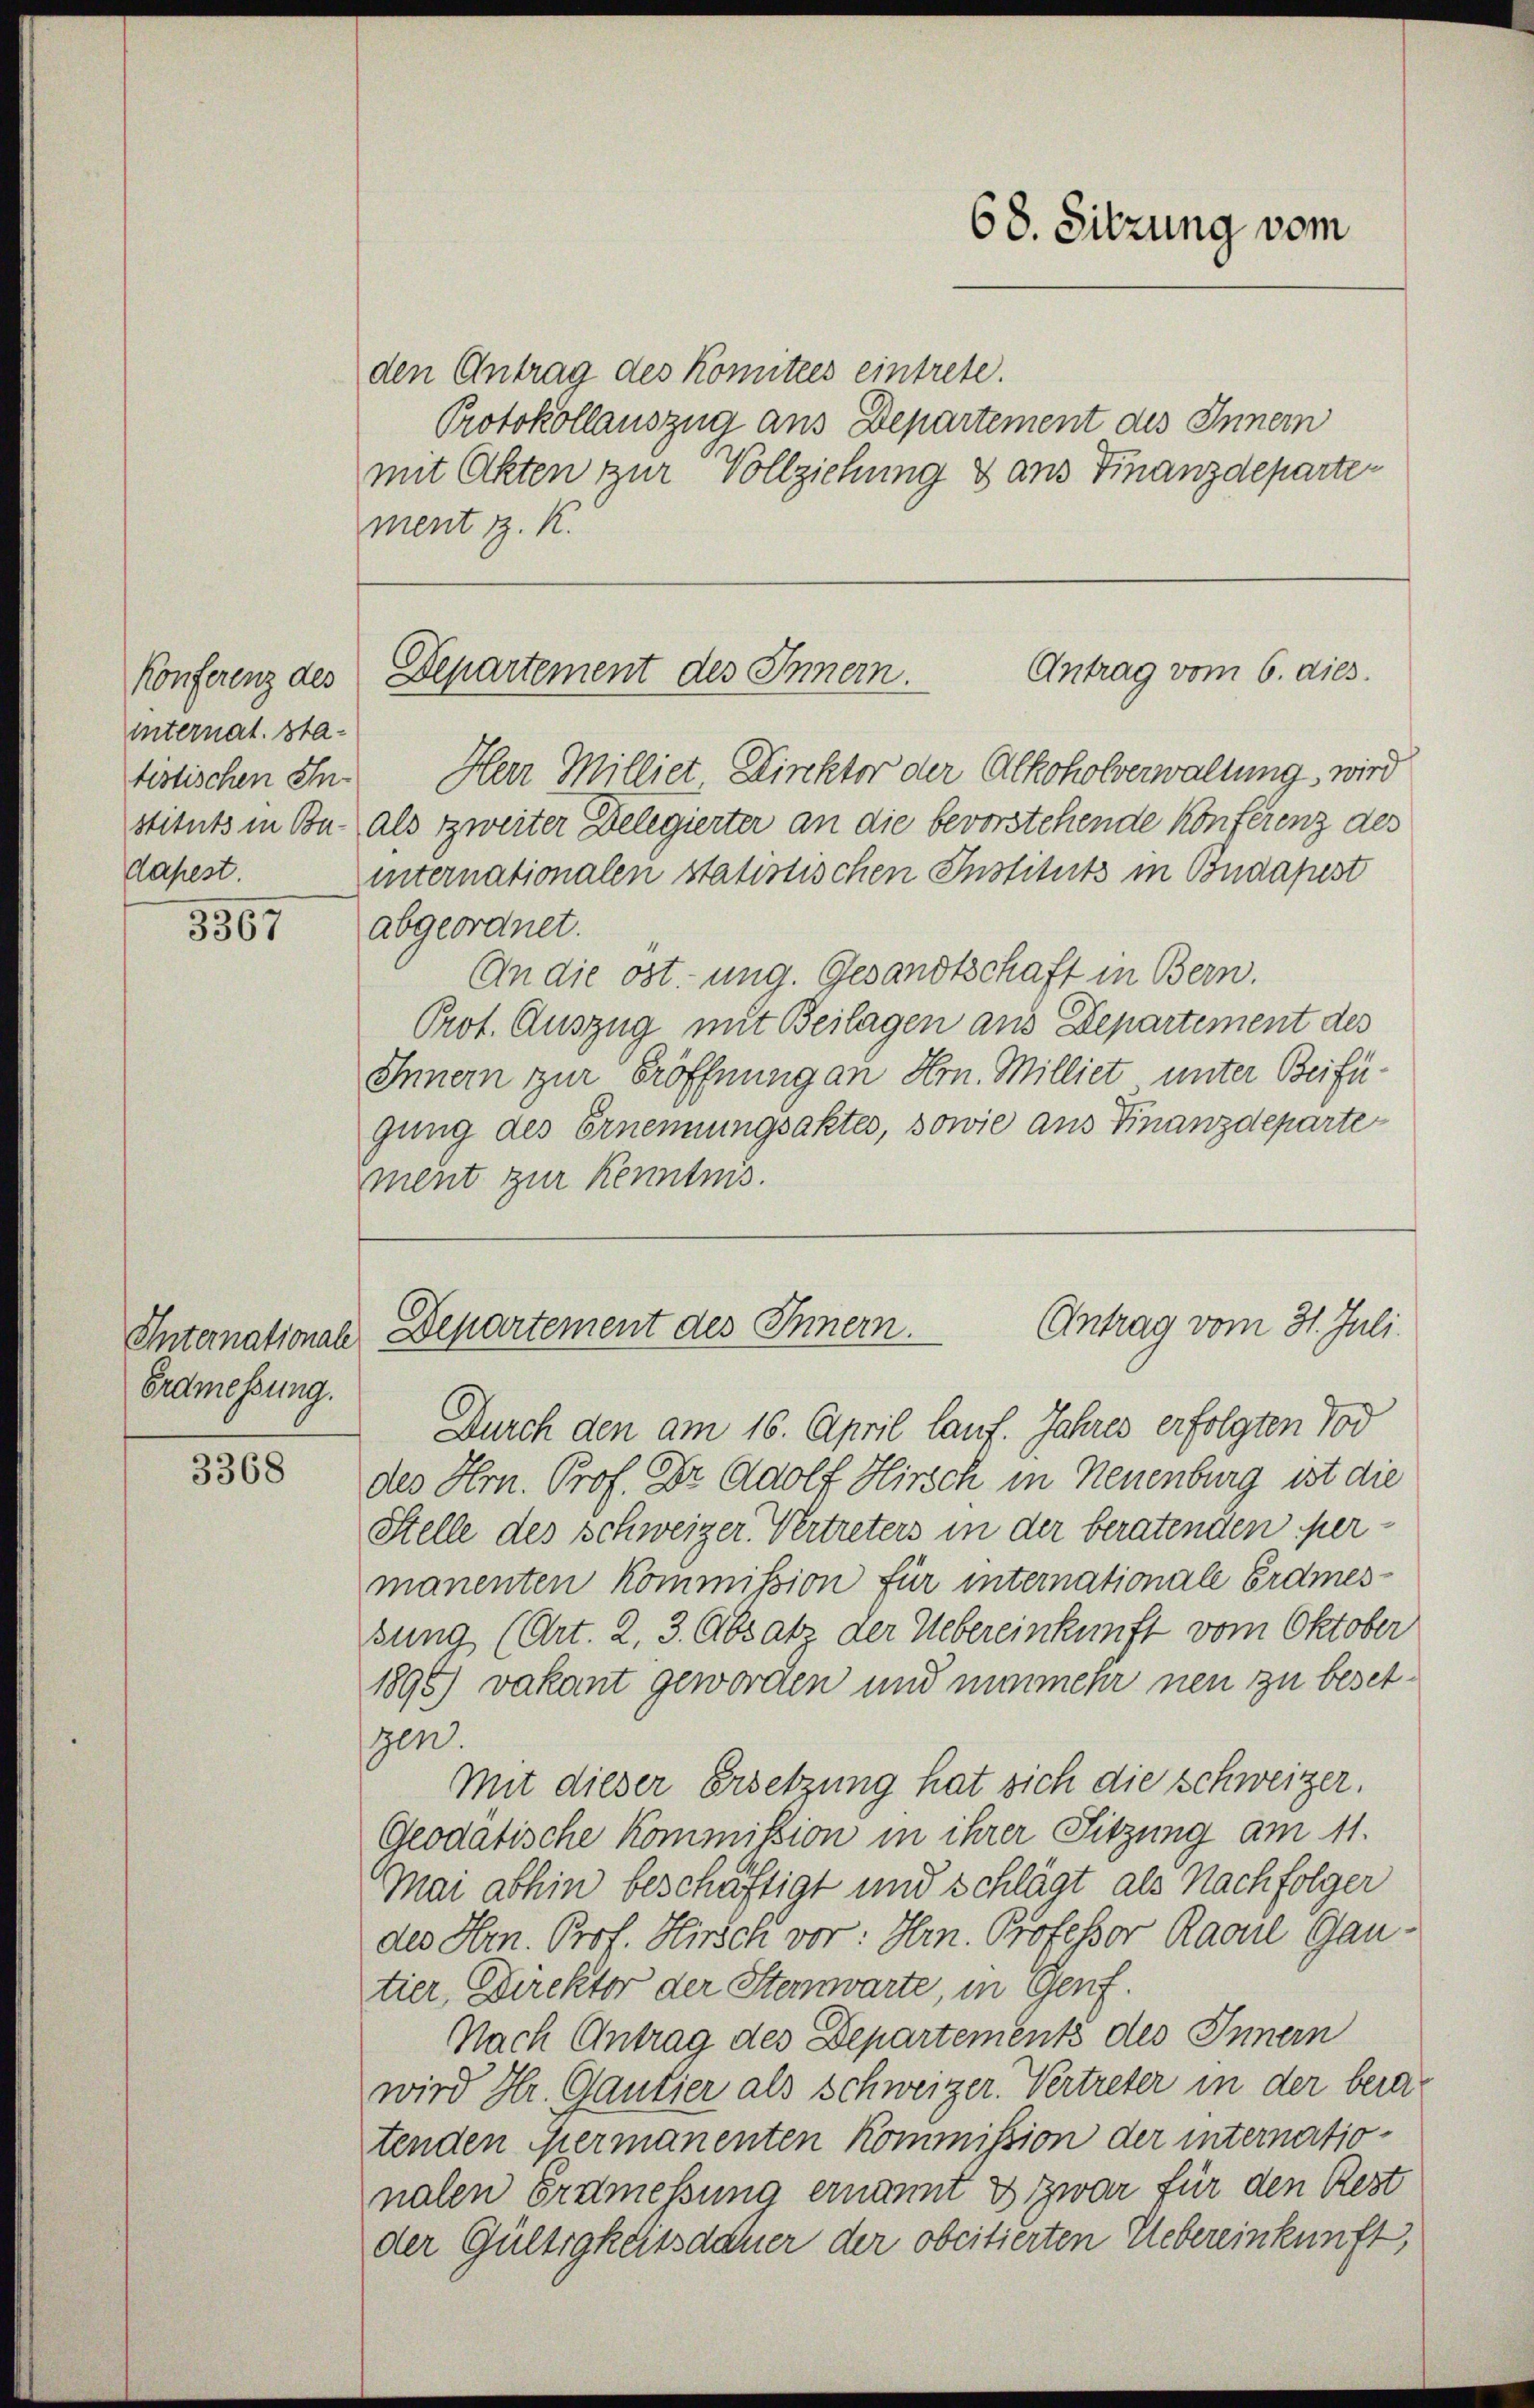
Konferenz des
internat. Sta-
stituts in Be-
dapest.

3367

Erdmessung.

3368

den Antrag des Komitees eintrete.
Protokollauszug aus Departement des Innern
mit Akten zur Vollziehung & aus Finanzdepartement z. K.

tistischen Ihn Herr Milliet Direktor der Alkoholverwaltung, wird
als zweiter Delegierter an die bevorstehende Konferenz des
internationalen statistischen Instituts in Budapest
abgeordnet.
An die ost. ung. Gesandtschaft in Bern.
Prot. Auszug mit Beilagen aus Departement des
Innern zur Eröffnung an Hrn. Milliet unter Beifügung des Ernennungsaktes, sowie aus Finanzdeparte
ment zur Kenntnis.

68. Sitzung vom

Antrag vom 6. dies.
Departement des Innern.

Durch den am 16. April lauf. Jahres erfolgten Tod
des Hrn. Prof. Dr. Adolf Hirsch in Neuenburg ist die
Stelle des Schweizer. Vertreters in der beratenden permanenten Kommission für internationale Erdmessung (Art. 2. 3. Absatz der Uebereinkunft vom Oktober
1896) vakant geworden und nunmehr neu zu besetgen.
Mit dieser Ersetzung hat sich die schweizer.
Geodätische Kommission in ihrer Sitzung am 11.
Mai abhin beschäftigt und schlägt als Nachfolger
des Hrn. Prof. Hirsch vor: Hrn. Professor Raaul Gantier, Direktor der Steinwarte, in Genf.
Nach Antrag des Departements des Innern
wird Hr. Gantier als schweizer. Vertreter in der beratenden Hermanenten Kommission der internationalen Erdmessung ernannt & zwar für den Rest
der Gültigkeitsdauer der obcitierten Uebereinkunft,

Antrag vom 31. Juli.
Internationale Departement des Innern.